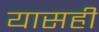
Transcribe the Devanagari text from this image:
यासही